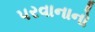
પરવાનાનો